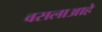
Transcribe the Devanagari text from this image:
वसलाआहे